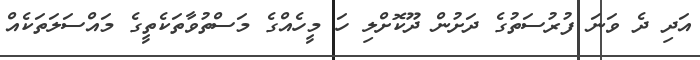
އަދި ދެ ވަނަ ފުރުސަތުގެ ދަށުން ދޫކޮށްލި ހަ މީހެއްގެ މަސްތުވާތަކެތީގެ މައްސަލަތަކެއް